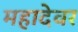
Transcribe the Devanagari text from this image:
महादेवर